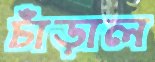
চাঁড়াল